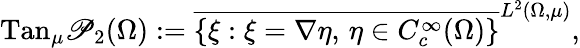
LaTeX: \textnormal{Tan}_{\mu}\mathscr{P}_{2}(\Omega):=\overline{{\{ \xi:\xi=\nabla\eta,\, \eta\in C_{c}^{\infty}(\Omega)\} }}^{L^{2}(\Omega,\mu)},